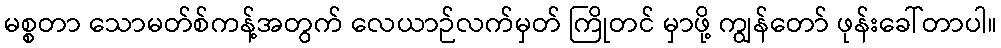
မစ္စတာ သောမတ်စ်ကန့်အတွက် လေယာဉ်လက်မှတ် ကြိုတင် မှာဖို့ ကျွန်တော် ဖုန်းခေါ်တာပါ။